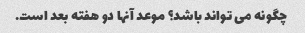
چگونه می تواند باشد؟ موعد آنها دو هفته بعد است.